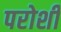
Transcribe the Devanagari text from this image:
परोशी